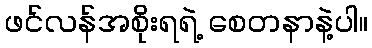
ဖင်လန်အစိုးရရဲ့ စေတနာနဲ့ပါ။